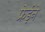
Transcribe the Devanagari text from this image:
फ्रेईने